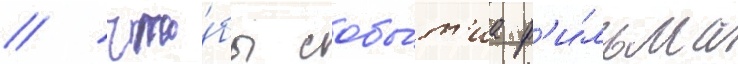
/ что́бы собы́т'иа ф'и́льма